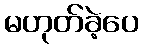
မဟုတ်ခဲ့ပေ